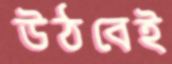
উঠবেই